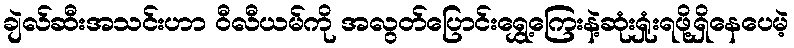
ချဲလ်ဆီးအသင်းဟာ ဝီလီယမ်ကို အလွတ်ပြောင်းရွှေ့ကြေးနဲ့ဆုံးရှုံးရဖို့ရှိနေပေမဲ့